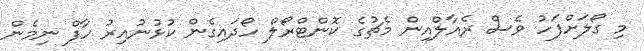
މި ގޯލަށްފަހު ވެސް ރެއާލްއިން މެޗުގެ ކޮންޓްރޯލް ހޯދައިގެން ކުޅުނުއިރު ހާފް ނިމެން